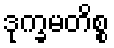
ဒုက္ခမတိစ္စ